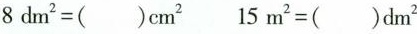
$$8 d m ^ { 2 } = (_ ) c m^{ 2 }$$ $$15 m ^ { 2 } = (_ ) d m ^ { 2 }$$